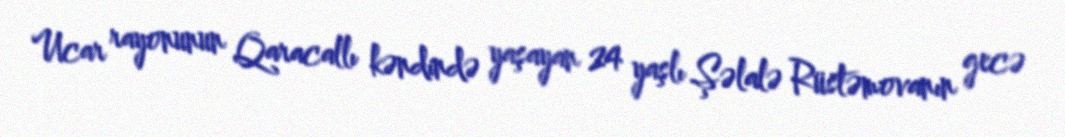
Ucar rayonunun Qaracallı kəndində yaşayan 24 yaşlı Şəlalə Rüstəmovanın gecə